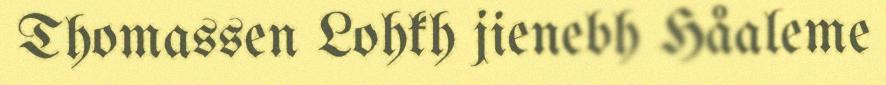
Thomassen Lohkh jienebh Håaleme